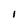
Character: 1